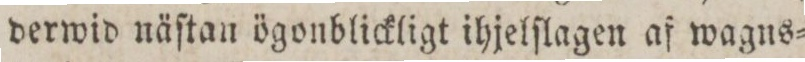
derwid näſtan ögonblickligt ihjelſlagen af wagns=